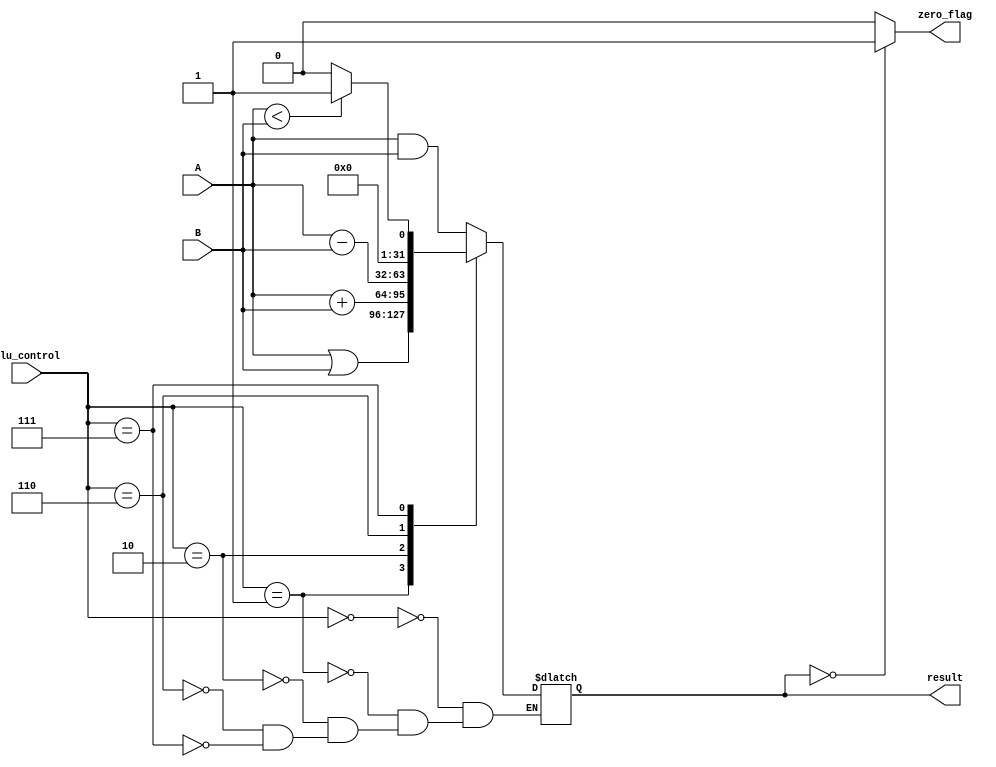
`timescale 1ns / 1ps
//////////////////////////////////////////////////////////////////////////////////
// Company: 
// Engineer: 
// 
// Design Name: 
// Module Name: alu32
// Project Name: 
// Target Devices: 
// Tool Versions: 
// Description: 
// 
// Dependencies: 
// 
// Revision:
// Revision 0.01 - File Created
// Additional Comments:
// 
//////////////////////////////////////////////////////////////////////////////////

module alu32(
input [3:0]alu_control,
input [31:0]A,
input [31:0]B,
output reg [31:0]result,
output reg zero_flag
    );

always@(A,B,alu_control)
begin
case(alu_control)
4'b0000: result = A&B;
4'b0001: result = A|B;
4'b0010: result = A+B;
4'b0110: result = A-B;
4'b0111: begin
if (A<B) 
result = 1'b1;
else 
result = 1'b0;
end
endcase
end

always@(result)
begin
if (result==0)
zero_flag = 1'b1;
else
zero_flag = 1'b0;
end

endmodule